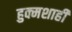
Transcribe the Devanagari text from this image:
हुक्मशाही